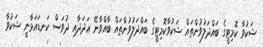
ޝަކުވާ ކޮމިޓީގެ ބައްދަލުވުންތައް ޝަކުވާކޮމިޓީގެ ބައްދަލުވުންތައް ބާއްވާނޭ ޢަދަދާއި ދުވަސް ކަނޑައަޅާނީ ޝަކުވާ